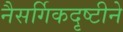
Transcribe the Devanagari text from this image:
नैसर्गिकदृष्टीने